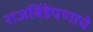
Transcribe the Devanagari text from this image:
राजबिंडेपणाचे